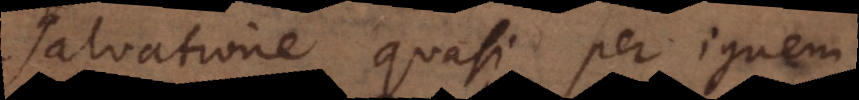
salvatione quasi per ignem